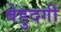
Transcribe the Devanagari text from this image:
बेहुदगी